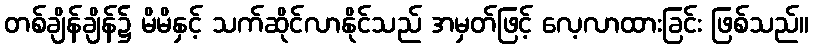
တစ်ချိန်ချိန်၌ မိမိနှင့် သက်ဆိုင်လာနိုင်သည် အမှတ်ဖြင့် လေ့လာထားခြင်း ဖြစ်သည်။